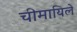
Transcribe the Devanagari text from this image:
चीमायिले